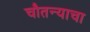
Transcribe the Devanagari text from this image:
चौतन्याचा